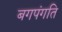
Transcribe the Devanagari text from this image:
बगपंगति